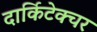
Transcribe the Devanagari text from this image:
दार्किटेक्चर